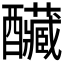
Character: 𨤃